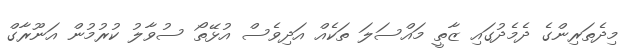
މިދެތަރިންގެ ދެމެދުގައި ޒާތީ މައްސަލަ ތަކެއް އަދިވެސް އުޅޭތޯ ސުވާލު ކުރުމުން އަނޫރާގް